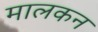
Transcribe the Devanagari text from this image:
मालकन